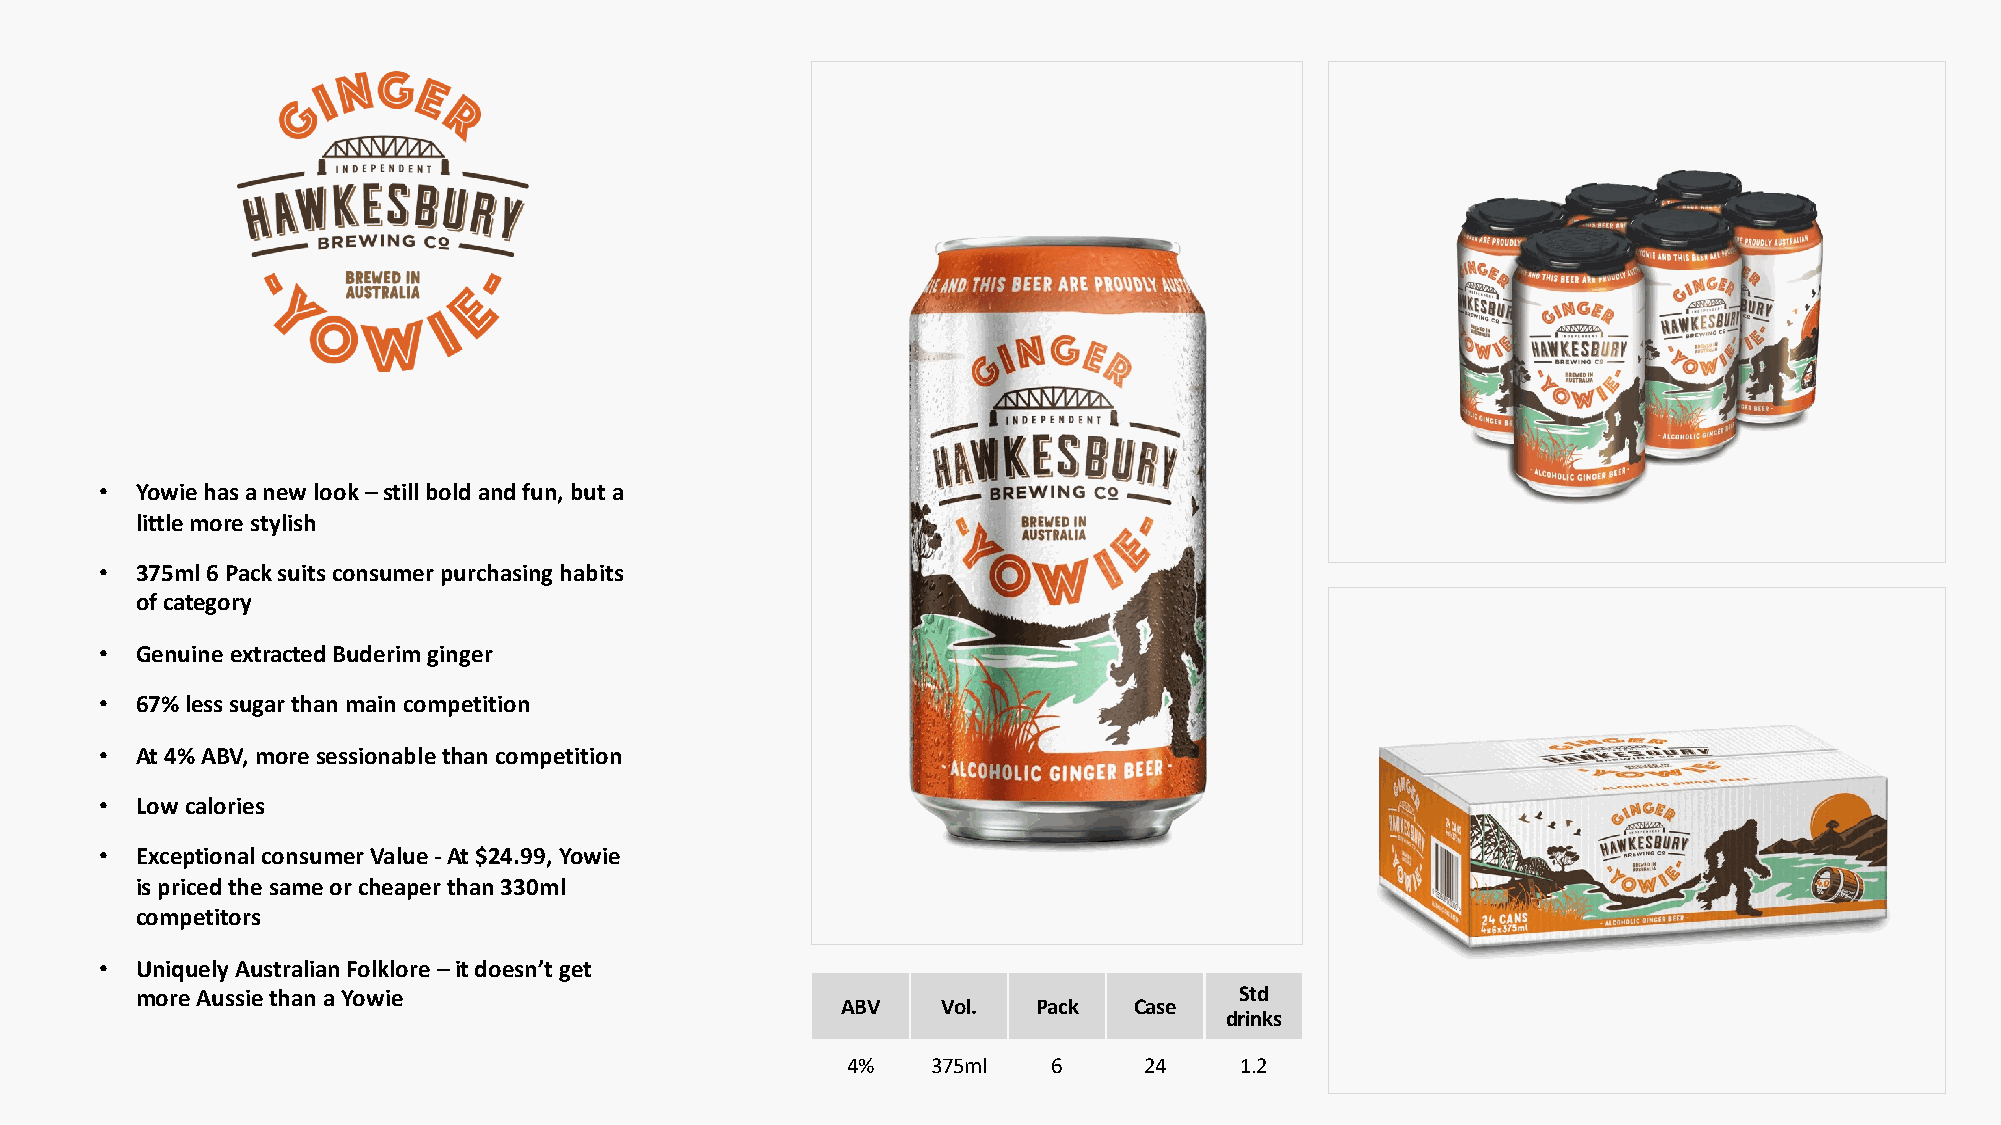
• Yowie has a new look –still bold and fun, but a
 little more stylish
 • 375ml 6 Pack suits consumer purchasing habits
 of category
 • Genuine extracted Buderim ginger
 • 67% less sugar than main competition
 • At 4% ABV, more sessionablethan competition
 • Low calories
 • Exceptional consumer Value -At $24.99, Yowie
 is priced the same or cheaper than 330ml
 competitors
 • Uniquely Australian Folklore –it doesn’t get
 more Aussie than a Yowie                                                 Std
 ABV   Vol.   Pack  Case
 drinks
 4%    375ml   6     24    1.2